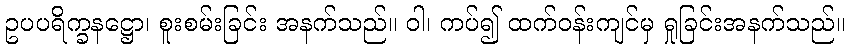
ဥပပရိက္ခနဋ္ဌော၊ စူးစမ်းခြင်း အနက်သည်။ ဝါ၊ ကပ်၍ ထက်ဝန်းကျင်မှ ရှုခြင်းအနက်သည်။